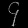
Digit: ၄